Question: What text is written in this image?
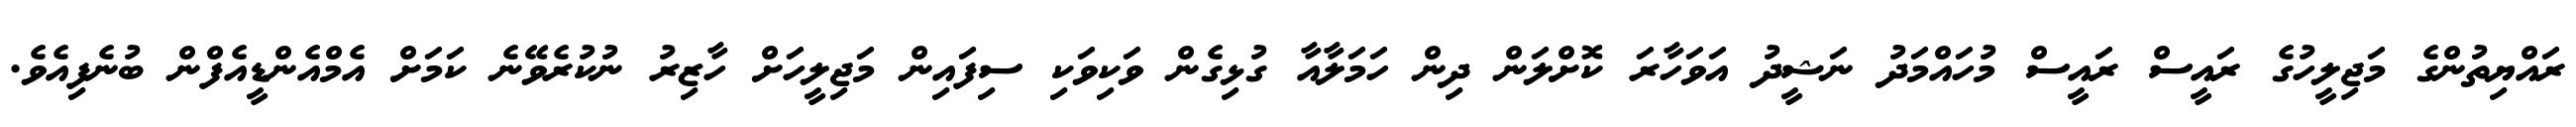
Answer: ރައްޔިތުންގެ މަޖިލީހުގެ ރައީސް ރައީސް މުހައްމަދު ނަޝީދު އަވަހާރަ ކޮށްލަން ދިން ހަމަލާއާ ގުޅިގެން ވަކިވަކި ސިފައިން މަޖިލީހަށް ހާޒިރު ނުކުރެވޭނެ ކަމަށް އެމްއެންޑީއެފްން ބުނެފިއެވެ.